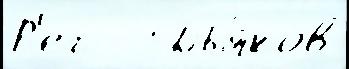
Р'ег   Дья́ков